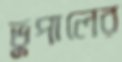
ভুপালের